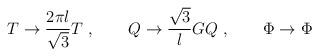
LaTeX: \begin{align*}T \rightarrow {2\pi l\over \sqrt{3}}T\ ,\qquad Q \rightarrow {\sqrt{3}\over l} GQ\ ,\qquad \Phi \rightarrow \Phi\end{align*}